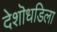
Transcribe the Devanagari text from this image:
देशॊधडिला